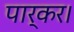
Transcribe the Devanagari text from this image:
पार्कर।